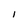
Character: 1